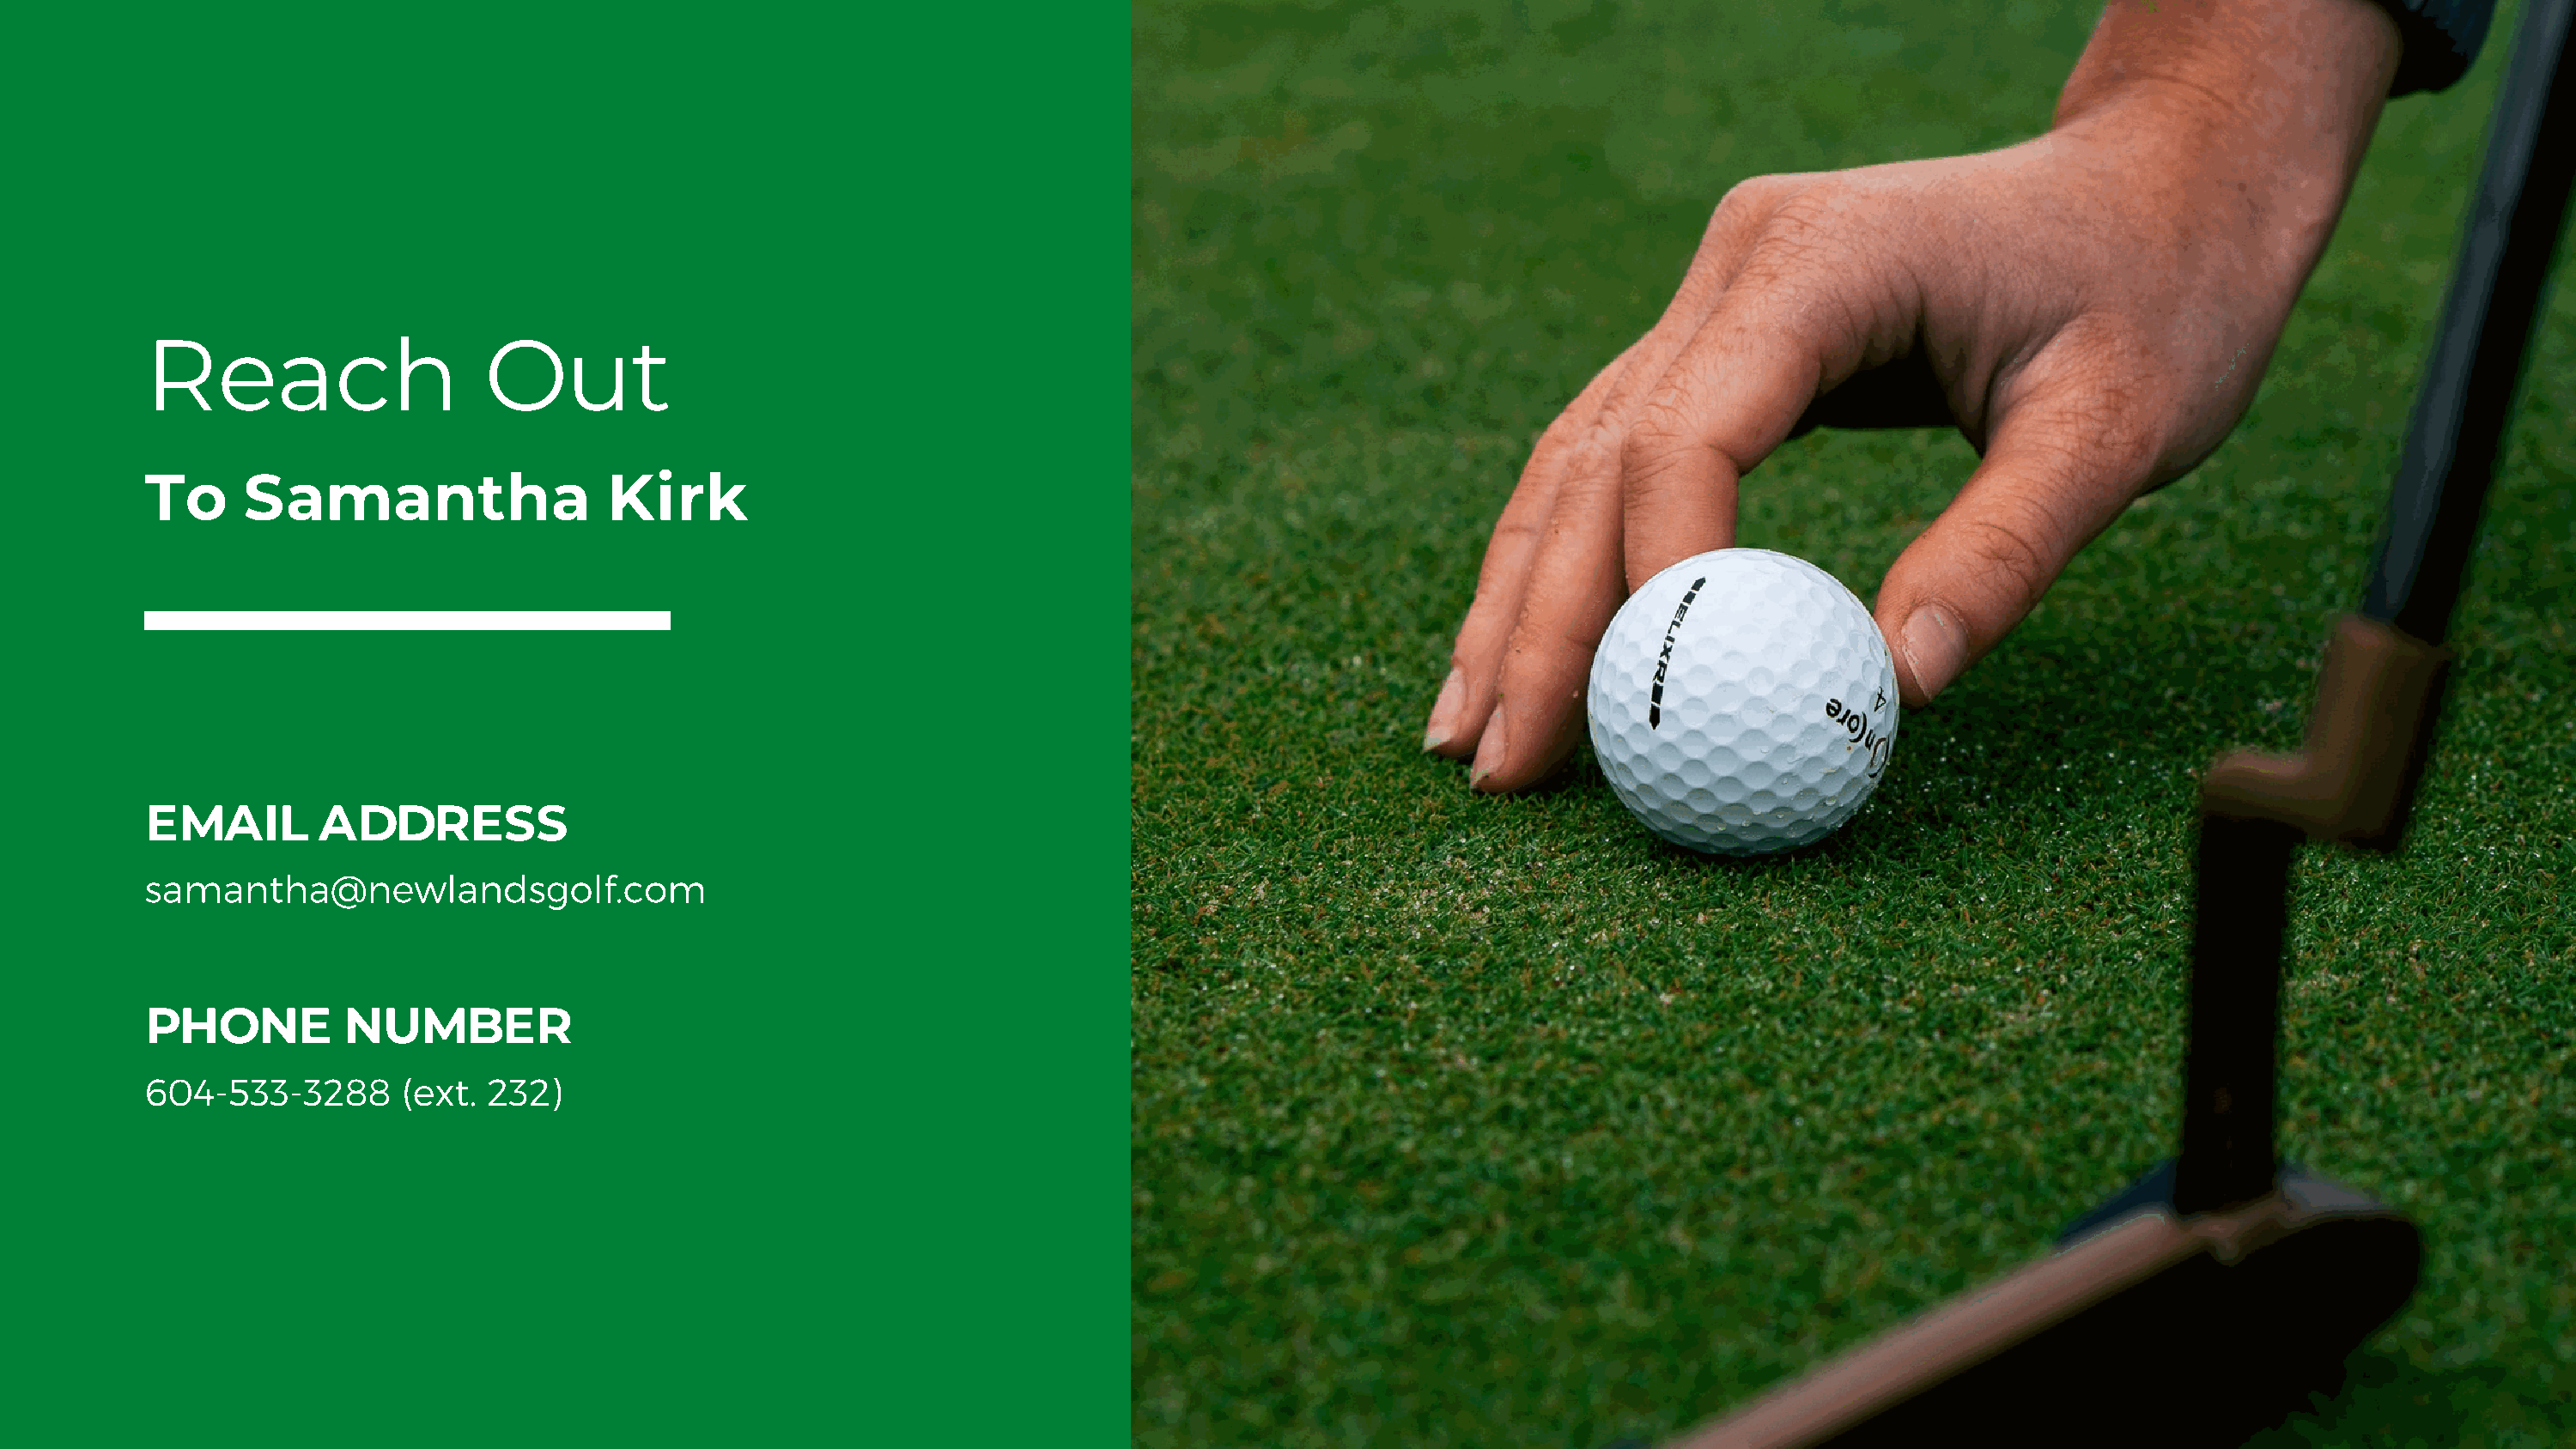
Reach                     Out
 To      Samantha                    Kirk
 EMAIL         ADDRESS
 samantha@newlandsgolf.com
 PHONE          NUMBER
 604-533-3288        (ext.  232)